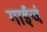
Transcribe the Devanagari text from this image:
गाईचं